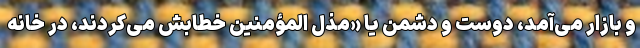
و بازار می‌آمد، دوست و دشمن یا «مذل المؤمنین خطابش می‌کردند، در خانه